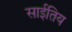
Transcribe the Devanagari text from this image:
साईतिय